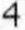
4